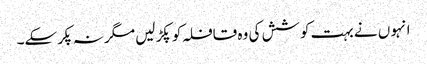
انہو ں نے بہت کوشش کی وہ قافلہ کو پکڑ لیں مگر نہ پکرسکے۔